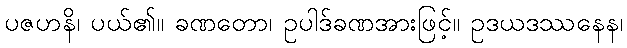
ပဇဟနိ၊ ပယ်၏။ ခဏတော၊ ဥပါဒ်ခဏအားဖြင့်။ ဥဒယဒဿနေန၊